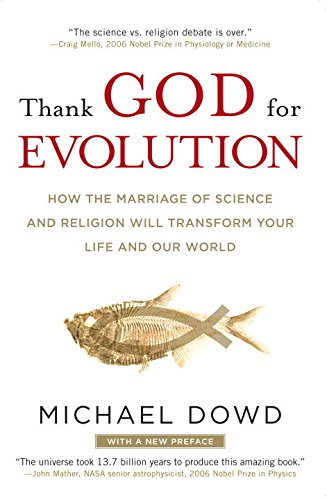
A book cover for Thank God for Evolution: How the Marriage of Science and Religion Will Transform Your Life and Our World; Michael Dowd; Science & Math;